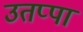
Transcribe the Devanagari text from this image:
उतप्पा